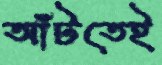
আঁটতেই